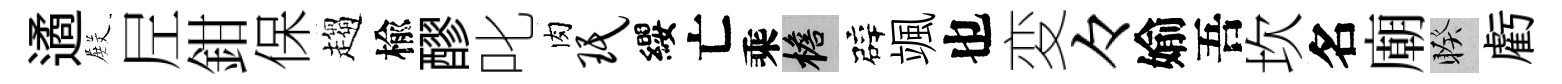
遹𭮺𡰱鉗保趨楡醪叱肉珉纓亡乘檐辟颯也変々媮吾坎名廟睽虧